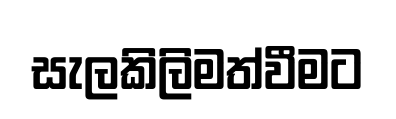
සැලකිලිමත්වීමට